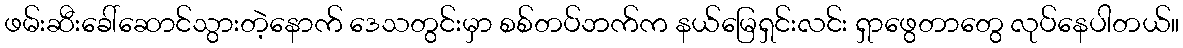
ဖမ်းဆီးခေါ်ဆောင်သွားတဲ့နောက် ဒေသတွင်းမှာ စစ်တပ်ဘက်က နယ်မြေရှင်းလင်း ရှာဖွေတာတွေ လုပ်နေပါတယ်။